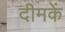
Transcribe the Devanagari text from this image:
दीमकें